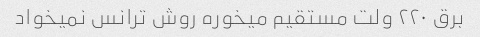
برق ۲۲۰ ولت مستقیم میخوره روش ترانس نمیخواد